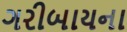
ગરીબાયના